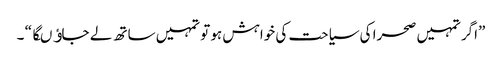
”اگر تمہیں صحرا کی سیاحت کی خواہش ہو تو تمہیں ساتھ لے جاﺅںگا “ ۔